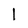
Character: l